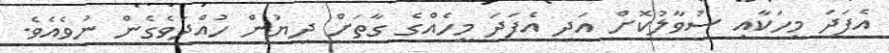
އެފަދަ މީހަކާއި ސުވާލުކޮށް އަދި އެފަދަ މީހެއްގެ ގާތަށް ދިޔުން ހުއްދަވެގެން ނުވެއެވެ.